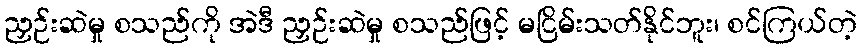
ညှဉ်းဆဲမှု စသည်ကို အဲဒီ ညှဉ်းဆဲမှု စသည်ဖြင့် မငြိမ်းသတ်နိုင်ဘူး၊ စင်ကြယ်တဲ့